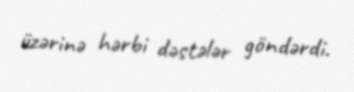
üzərinə hərbi dəstələr göndərdi.